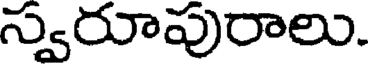
స్వరూపురాలు.